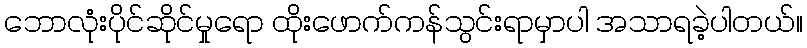
ဘောလုံးပိုင်ဆိုင်မှုရော ထိုးဖောက်ကန်သွင်းရာမှာပါ အသာရခဲ့ပါတယ်။